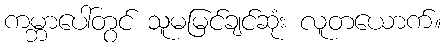
ကမ္ဘာပေါ်တွင် သူမမြင်ချင်ဆုံး လူတယောက်။